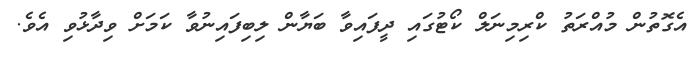
އެގޮތުން މުއްރަތު ކްރިމިނަލް ކޯޓުގައި ދީފައިވާ ބަޔާން ލިބިފައިނުވާ ކަމަށް ވިދާޅުވި އެވެ.